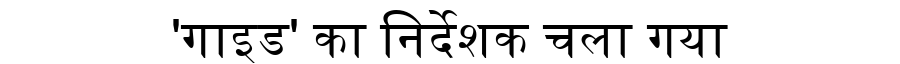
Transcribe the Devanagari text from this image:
'गाइड' का निर्देशक चला गया